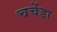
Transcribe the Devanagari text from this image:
चचेंडा